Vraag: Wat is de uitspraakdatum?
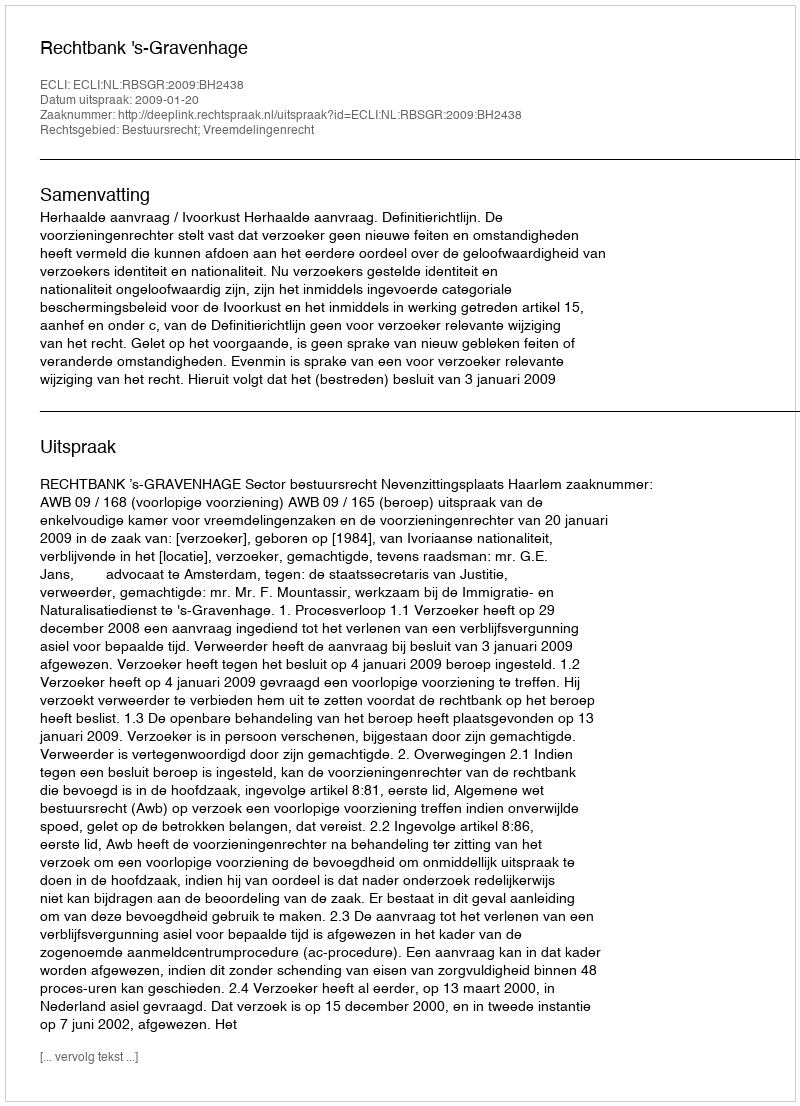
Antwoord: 2009-01-20